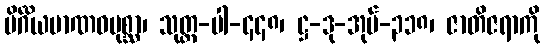
ပိင်္ဂိယမာဏဝပုစ္ဆာ၊ သုတ္တ-ပါ-၄၄၈၊ ဋ္ဌ-ဒု-အုပ်-၃၁၈၊ ဇာတိဇရာကို